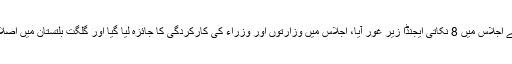
ذرائع کے مطابق وفاقی کابینہ کے اجلاس میں 8 نکاتی ایجنڈا زیر غور آیا، اجلاس میں وزارتوں اور وزراء کی کارکردگی کا جائزہ لیا گیا اور گلگت بلتستان میں اصلاحات کا معاملہ بھی زیر غور آیا۔